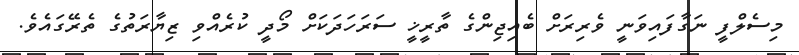
މިސެލްފީ ނަގާފައިވަނީ ވެރިރަށް ބެއިޖިންގެ ތާރީޚީ ސަރަހަދަކަށް މޯދީ ކުރެއްވި ޒިޔާރަތުގެ ތެރޭގައެވެ.